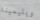
ويليمينا